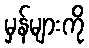
မှန်များကို